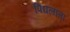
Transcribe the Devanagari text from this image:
पिघलाता